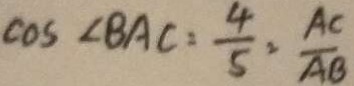
\cos \angle B A C = \frac { 4 } { 5 } : \frac { A C } { A B }